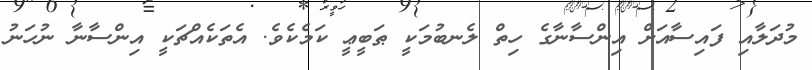
މުދަލާއި ފައިސާއަށް އިންސާނާގެ ހިތް ލެނބުމަކީ ޠަބީޢީ ކަމެކެވެ. އެތަކެއްޗަކީ އިންސާނާ ނުހަނު